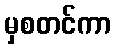
မှစတင်ကာ